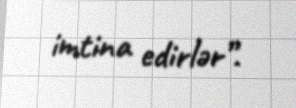
imtina edirlər”.